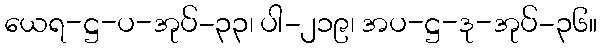
ယေရ-ဋ္ဌ-ပ-အုပ်-၃၃၊ ပါ-၂၁၉၊ အပ-ဋ္ဌ-ဒု-အုပ်-၃၆။